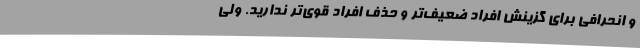
و انحرافی برای گزینش افراد ضعیف‌تر و حذف افراد قوی‌تر ندارید. ولی